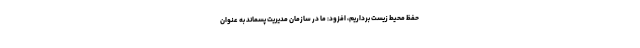
حفظ محیط زیست برداریم، افزود: ما در سازمان مدیریت پسماند به عنوان